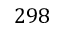
2 9 8